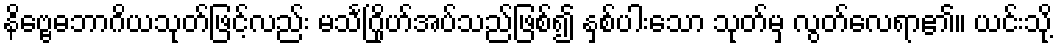
နိဗ္ဗေဓဘာဂိယသုတ်ဖြင့်လည်း မသင်္ဂြိုဟ်အပ်သည်ဖြစ်၍ နှစ်ပါးသော သုတ်မှ လွတ်လေရာ၏။ ယင်းသို့